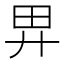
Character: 𢌿